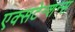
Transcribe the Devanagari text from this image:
एक्सटेन्शन्स